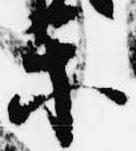
楽